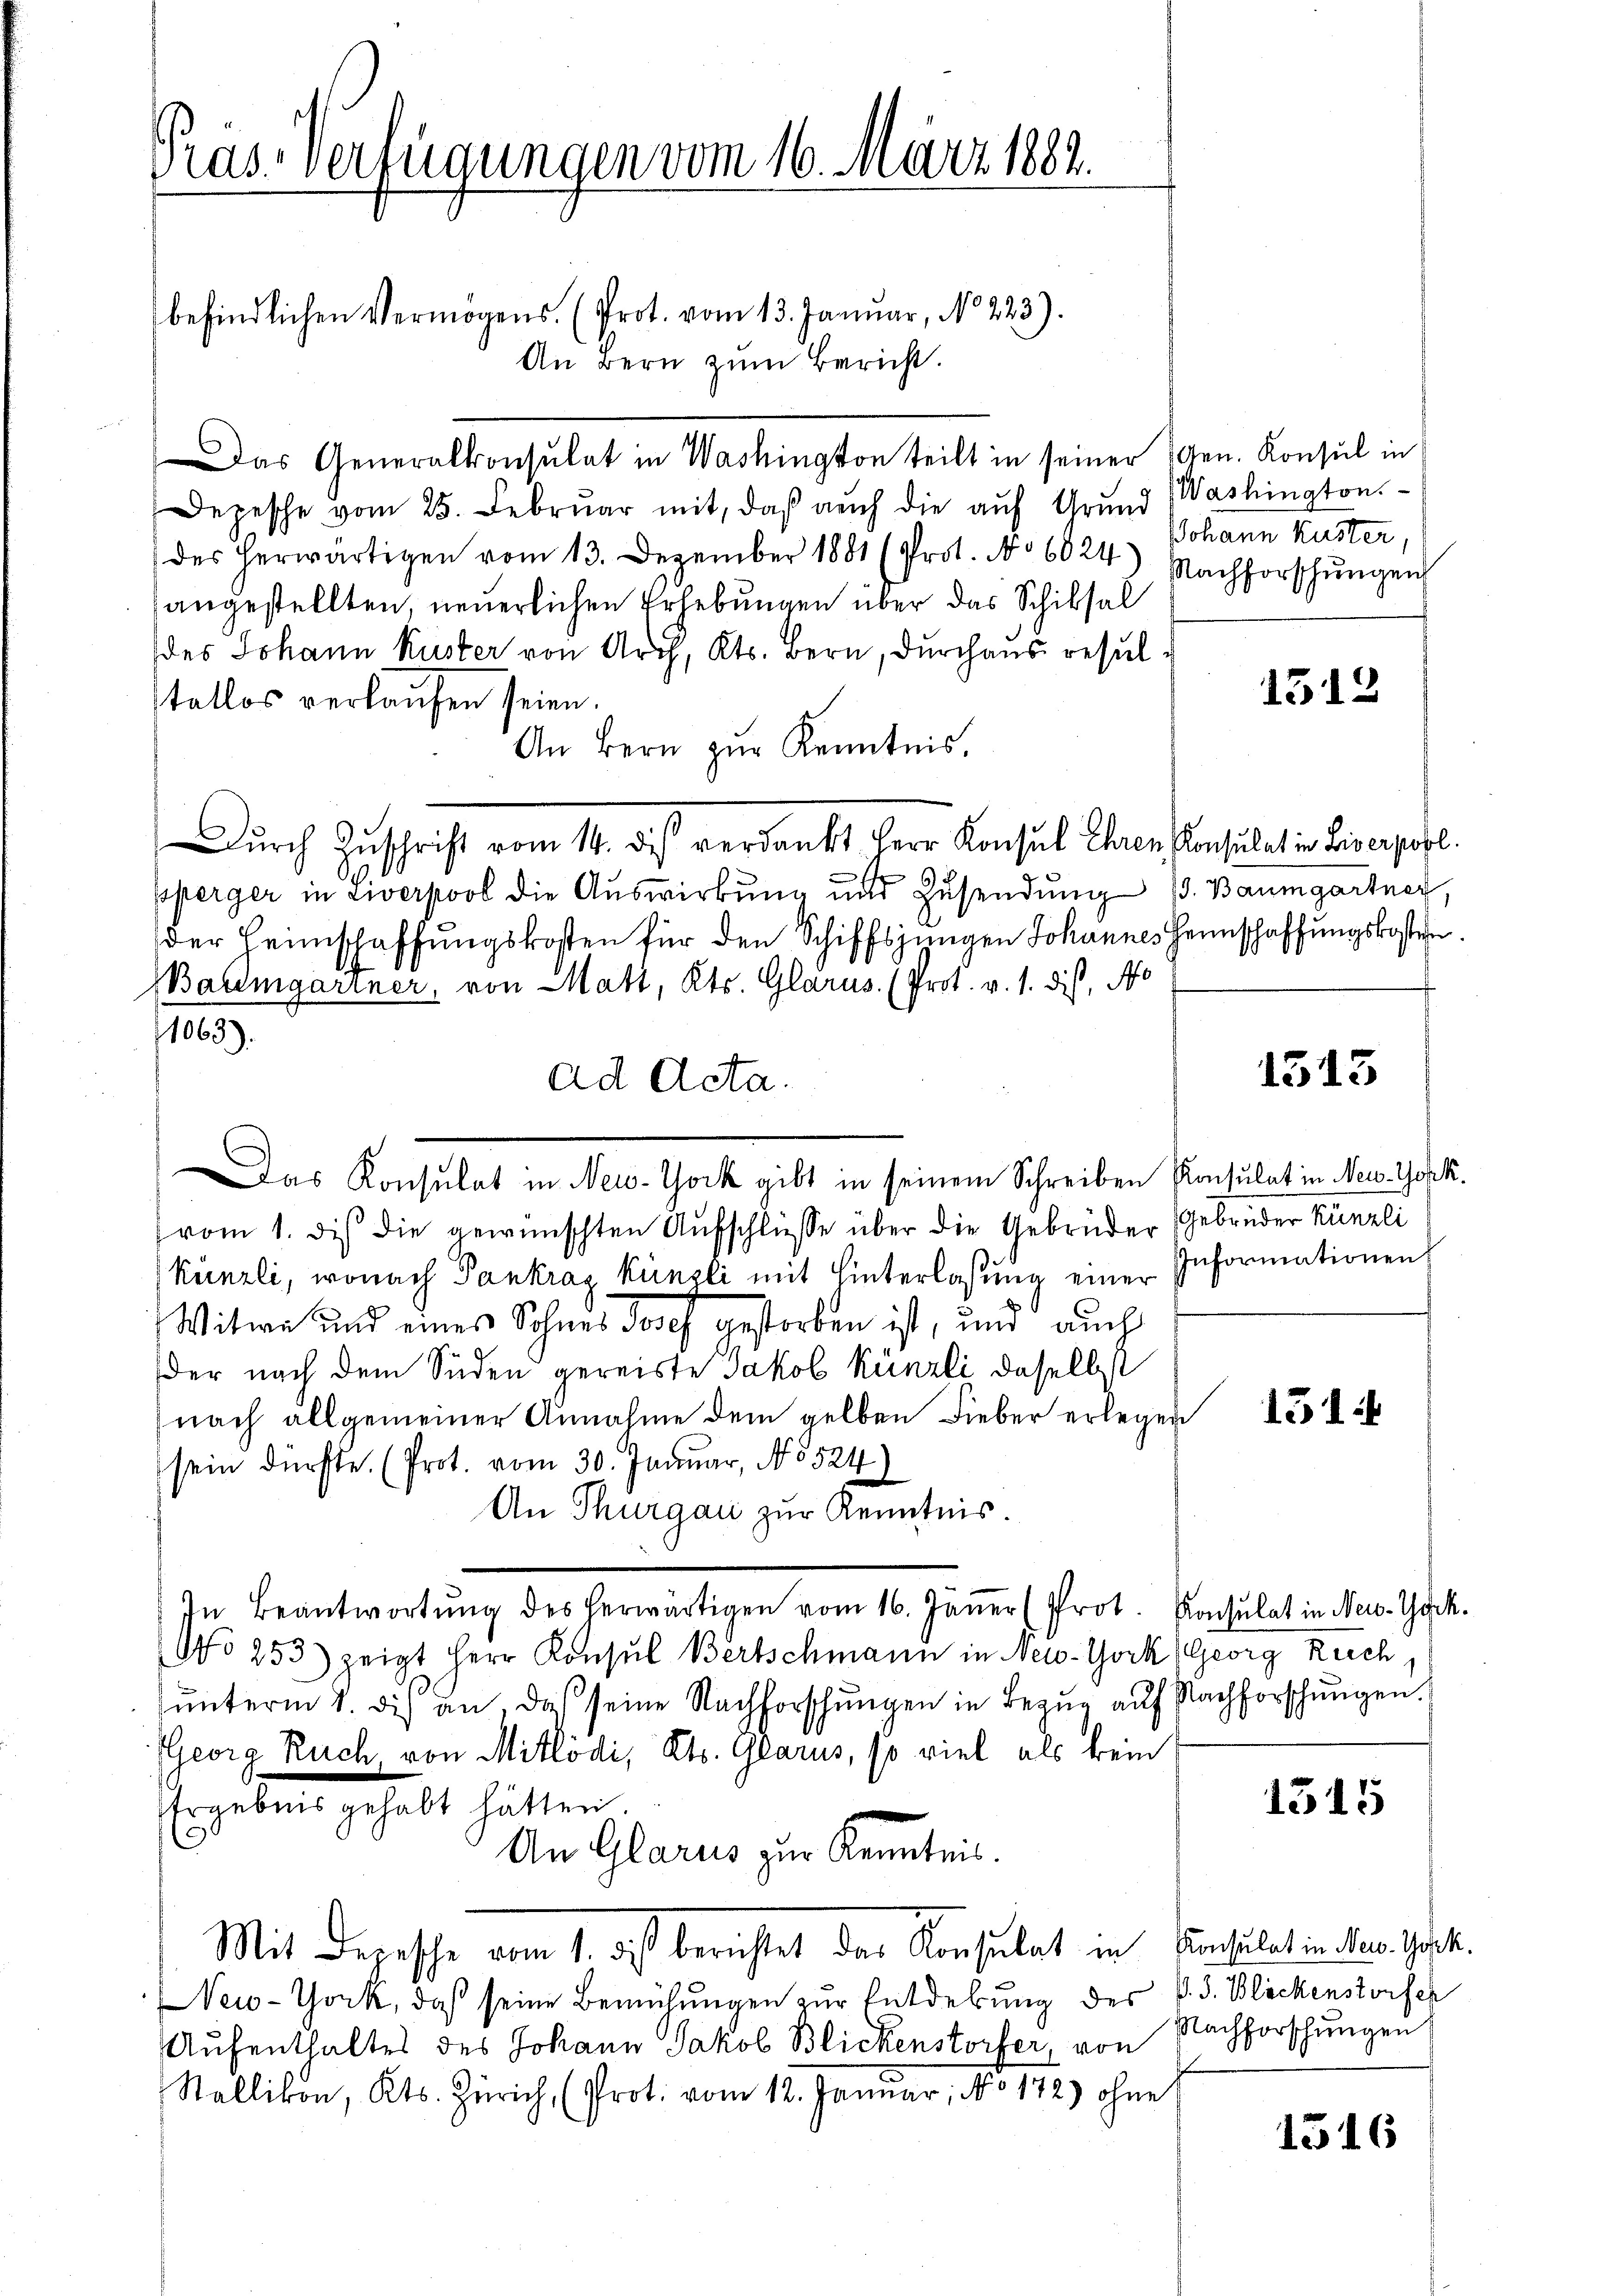
Gras Verfügungen vom 16. März 1882.

befindlichen Vermögens. (Prot. vom 13. Januar, No 223).
An Bern zŭm Bericht.
Das Generalkonsulat in Washington teilt in seiner Gen. Konsul in
Depesche vom 25. Februar mit, daß auch die auf Grund
des herwärtigen vom 13. Dezember 1881 (Prot. No 6024) Nachforschŭngen
angestellten, neuerlichen Erhebungen über das Schiksal
des Johann Kuster von Arch, Kts. Bern, durchaus resultatlos verkaufen seien.
An Bern zŭr Kenntnis.
Durch Zuschrift vom 14. des verdankt Herr Konsul Ehren Konsulat in Liverpobl.
sperger in Liverpool die Auswirkung und Zŭsendŭng 13. Baumgartner,
der Heimschaffungskosten für den Schiffsjungen Johannes Heimschaffungskosten.
Baumgartner, von Matt, Kts. Glarus (Prot. v. 1. dis, No
1063).
ad Acta.
vom 1. dis die gewünschten Aufschlüsse über die Gebrüder Gebrüder Künzli
Künzli, wonach Pankraz Künzli mit Hinterlassung einer Informationen
Witwe und eines Sohnes Josef gestorben ist, und auch
der nach dem Süden gereiste Jakob Künzli, daselbst
nach allgemeiner Annahme dem gelben Lieber erlegen
sein dürfte. (Prot. vom 30. Januar, No 524)
An Thurgau zur Kenntnis
In Beantwortŭng des herwärtigen vom 16. Janer (Pfrot. Konsulat in New-York.
No 253) zeigt Herr Konsul Bertschmann in New-York (Georg Reich,
ŭnterm 1. di an, daß seine Nachforschungen in Bezug auf Nachforschungen.
Georg Ruch, von Mitlodi, Kts. Glarus, so viel als kein
Ergebnis gehabt hätten.
An Glarus zur Kenntnis.
Mit Depesche vom 1. das berichtet das Konsulat in Consulat in des Gast.
New-York, daß seine Bemühungen zur Entdekung des P. J. Blickenstorfen
Aufenthaltes des Johann Jakob Blickenstorfer, von Nachforschungen
Stallikon, Kts. Zürich, (Prot. vom 12. Januar, No 172) ohne

Das Konsulat in New-Yock gibt in seinem Schreiben Konsulat in New York

Washington.
Johann Kuster,

1513

1313

1515

1516